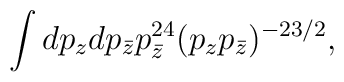
{\int dp_z dp_{\bar z} p_{\bar z}^{24} (p_z p_{\bar z})^{-23/2},}